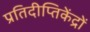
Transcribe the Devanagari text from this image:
प्रतिदीप्तिकेंद्रों